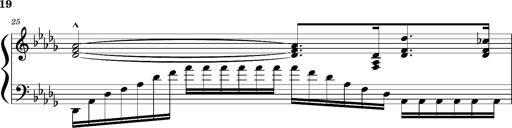
Title: Concerto sans orchestre, S.524a
Composer: Franz Liszt
Key: A major